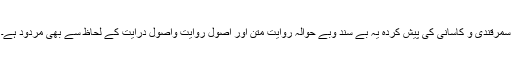
سمرقندی و کاسانی کی پیش کردہ یہ بے سند وبے حوالہ روایت متن اور اصولِ روایت واصولِ درایت کے لحاظ سے بھی مردود ہے۔